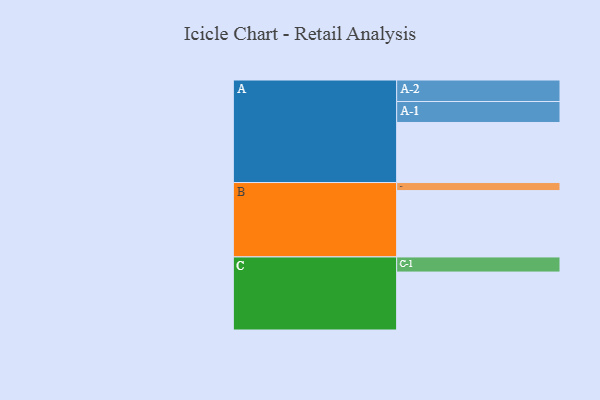
{"axis": {"x": "Segment", "y": "Value"}, "legend": ["", "A", "B", "C"], "data": [{"x": "A", "y": 536, "type": ""}, {"x": "B", "y": 592, "type": ""}, {"x": "C", "y": 517, "type": ""}, {"x": "A-1", "y": 187, "type": "A"}, {"x": "A-2", "y": 192, "type": "A"}, {"x": "B-1", "y": 72, "type": "B"}, {"x": "C-1", "y": 135, "type": "C"}]}